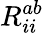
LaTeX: R_{ii}^{ab}